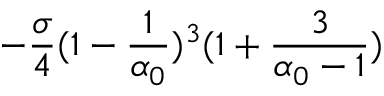
- \frac { \sigma } { 4 } ( 1 - \frac { 1 } { \alpha _ { 0 } } ) ^ { 3 } ( 1 + \frac { 3 } { \alpha _ { 0 } - 1 } )